Senior Leaving Certificate Examination (including Day School Certificate (Higher) General paper), 1949
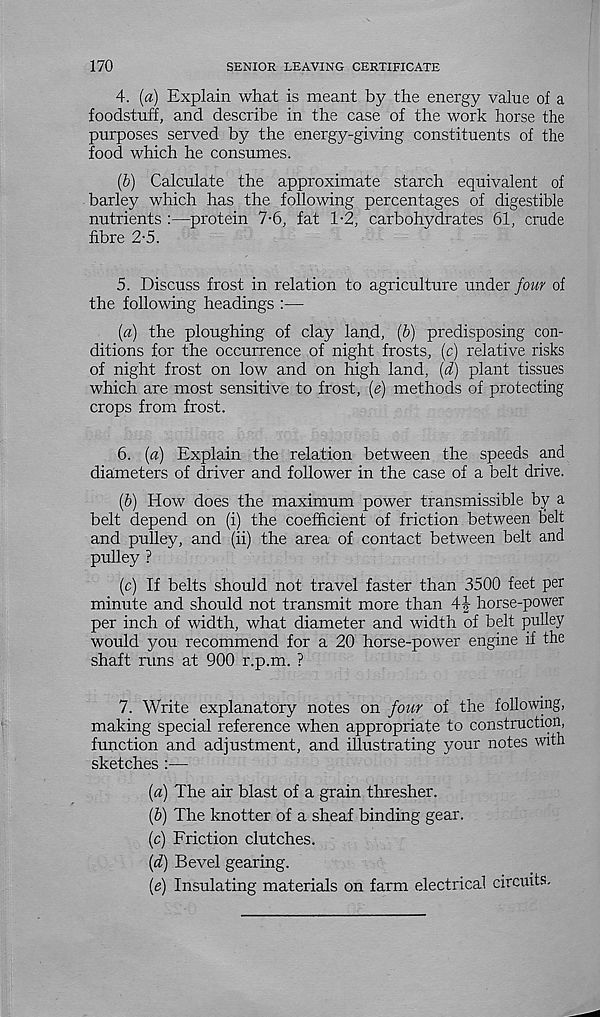
170
SENIOR LEAVING CERTIFICATE
4. (a) Explain what is meant by the energy value of a
foodstuff, and describe in the case of the work horse the
purposes served by the energy-giving constituents of the
food which he consumes.
(b) Calculate the approximate starch equivalent of
barley which has the following percentages of digestible
nutrients :—protein 7-6, fat 1-2, carbohydrates 61, crude
fibre 2-5.
5. Discuss frost in relation to agriculture under four of
the following headings :—
(a) the ploughing of clay land, (b) predisposing con-
ditions for the occurrence of night frosts, (c) relative risks
of night frost on low and on high land, (d) plant tissues
which are most sensitive to frost, (e) methods of protecting
crops from frost.
6. (a) Explain the relation between the speeds and
diameters of driver and follower in the case of a belt drive.
(b) How does the maximum power transmissible by a
belt depend on (i) the coefficient of friction between belt
and pulley, and (ii) the area of contact between belt and
pulley ?
(c) If belts should not travel faster than 3500 feet per
minute and should not transmit more than 4J horse-power
per inch of width, what diameter and width of belt pulley
would you recommend for a 20 horse-power engine if the
shaft runs at 900 r.p.m. ?
7. Write explanatory notes on four of the following,
making special reference when appropriate to construction,
function and adjustment, and illustrating your notes with
sketches :—
(a) The air blast of a grain thresher.
(b) The knotter of a sheaf binding gear.
(c) Friction clutches.
(d) Bevel gearing.
(e) Insulating materials on farm electrical circuits.